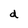
Character: d